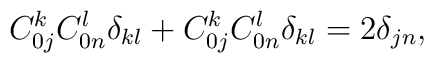
C_{0j}^kC_{0n}^l\delta _{kl}+C_{0j}^kC_{0n}^l\delta _{kl}=2\delta _{jn},